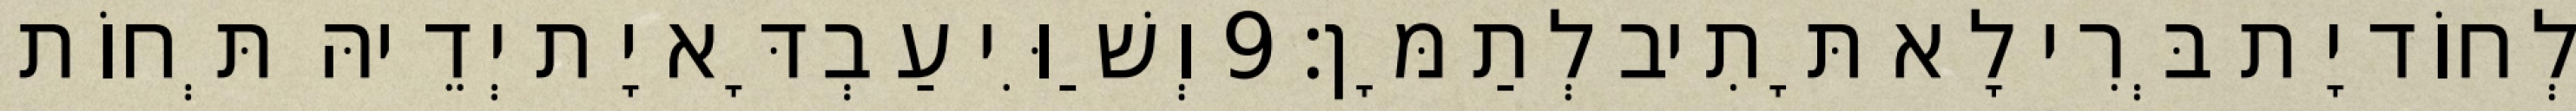
לְחוֹד יָת בְּרִי לָא תָּתִיב לְתַמָּן׃ 9 וְשַׁוִּי עַבְדָּא יָת יְדֵיהּ תְּחוֹת